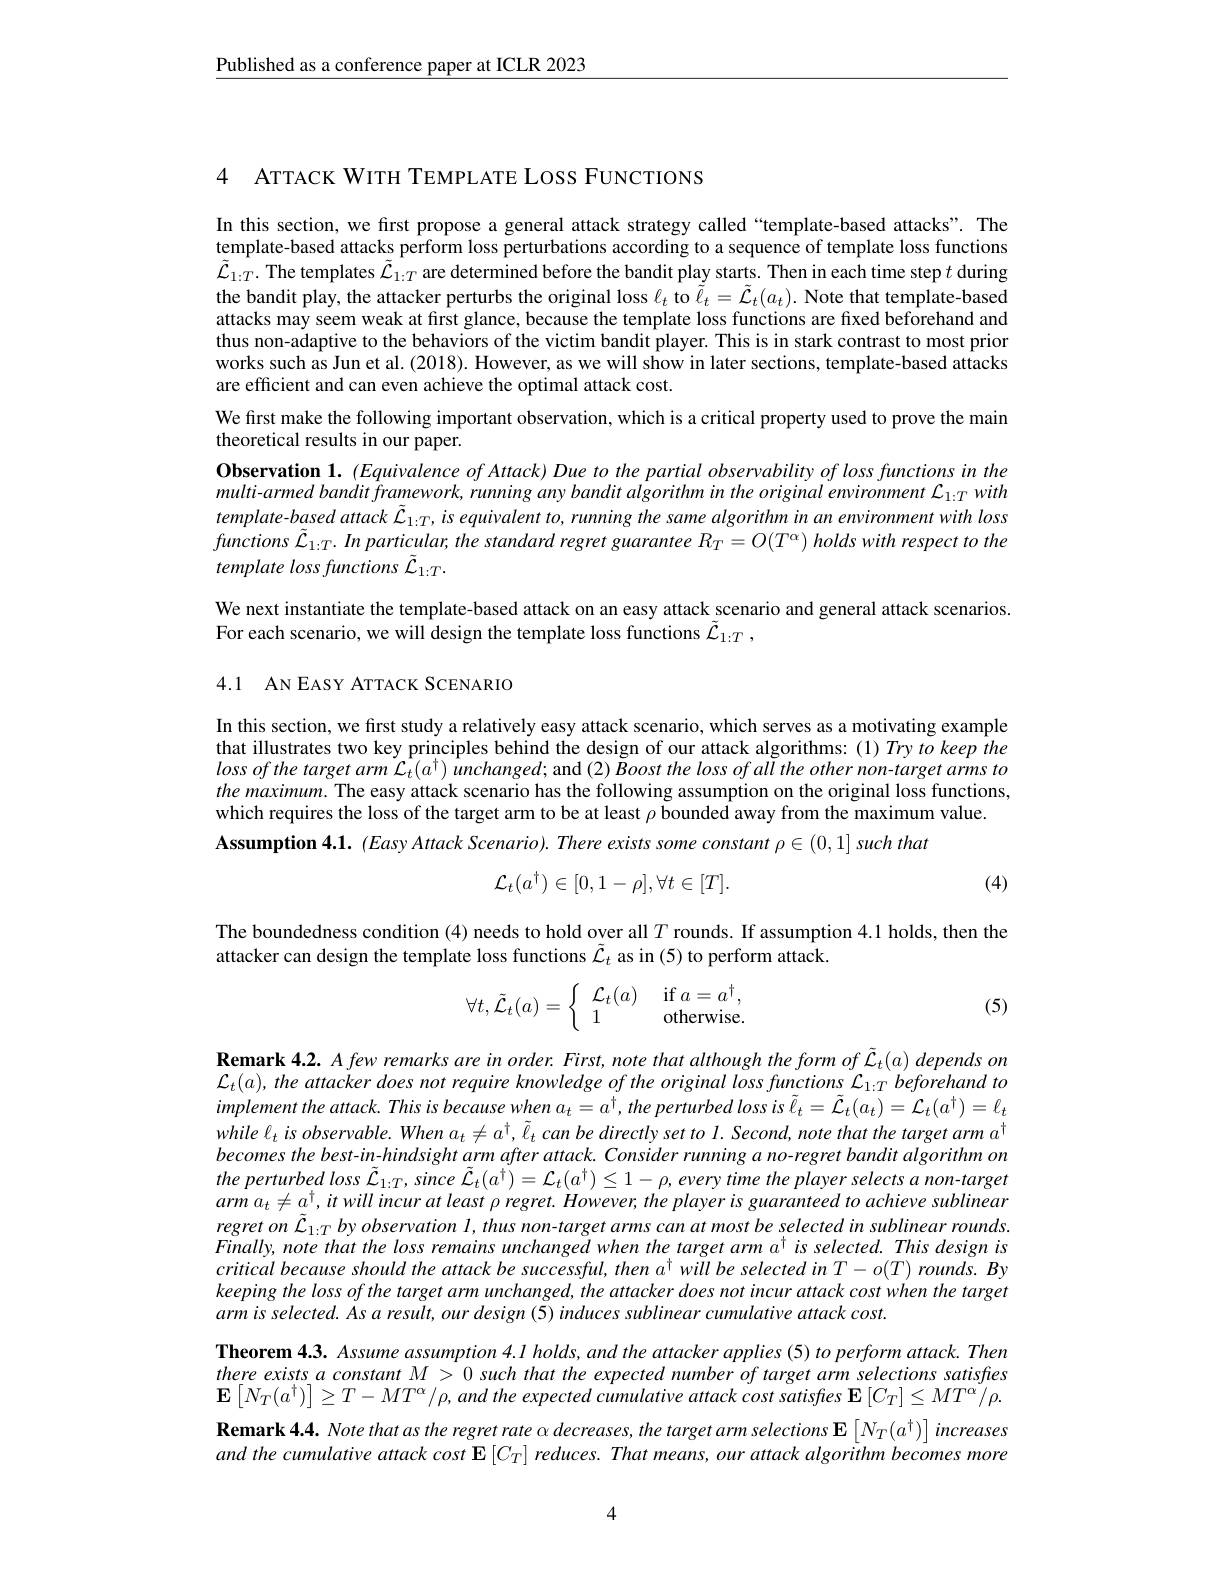
$\underline{\text{Published as a conference paper at ICLR 2023}}$

4 ATTACK WITH TEMPLATE LOSS FUNCTIONS

In this section, we first propose a general attack strategy called “template-based attacks”. The template-based attacks perform loss perturbations according to a sequence of template loss functions $\tilde{\mathcal{L}}_{1:T}.$ The templates $\tilde{\mathcal{L}}_{1:T}$ are determined before the bandit play starts. Then in each time step $t$ during the bandit play, the attacker perturbs the original loss $\ell_t$ to $\tilde{\ell}_t=\tilde{\mathcal{L}}_t(a_t).$ Note that template-based attacks may seem weak at first glance, because the template loss functions are fixed beforehand and thus non-adaptive to the behaviors of the victim bandit player. This is in stark contrast to most prior works such as Jun et al. (2018). However, as we will show in later sections, template-based attacks are efficient and can even achieve the optimal attack cost.
We first make the following important observation, which is a critical property used to prove the main
theoretical results in our paper.
Observation 1. (Equivalence of Attack) Due to the partial observability of loss functions in the multi-armed bandit framework, running any bandit algorithm in the original environment $\mathcal{L}_1:T$ with template-based attack $\tilde{\mathcal{L}}_{1:T},is$ equivalent to, running the same algorithm in an environment with loss $functions\tilde{\mathcal{L} } _{1: T}. Inparticular, thestandardregretguaranteeR_{T}= O( T^{\alpha })$ holds with respect $to$ the template loss functions $\tilde{\mathcal{L}}_{1:T}.$
We next instantiate the template-based attack on an easy attack scenario and general attack scenarios

For each scenario, we will design the template loss functions $\tilde{\mathcal{L}}_{1:T}$,

4.1 AN EASY ATTACK SCENARIO

In this section, we fırst study a relatively easy attack scenario, which serves as a motivating example that illustrates two key principles behind the design of our attack algorithms: (1) Try to keep the lossofthe target arm $\hat{\mathcal{L}}_t(a^\dagger)$ inchanged; and (2) Šoost the loss of all the other non-target arms to the maximum. The easy attack scenario has the following assumption on the original loss functions, which requires the loss of the target arm to be at least $\rho$ bounded away from the maximum value.
$\textbf{Assumption 4. 1. }( Easy$ Attack Scenario) . There exists some constant $\rho \in ( 0, 1]$ such that
$$\mathcal{L}_{t}(a^{\dagger})\in[0,1-\rho],\forall t\in[T].$$
(4)

The boundedness condition (4) needs to hold over all $T$ rounds. If assumption 4.1 holds, then the
attacker can design the template loss functions $\tilde{\mathcal{L}}_t$ as in (5) to perform attack.
$$\forall t,\tilde{\mathcal{L}}_t(a)=\left\{\begin{array}{ll}\mathcal{L}_t(a)&\text{if}a=a^\dagger,\\1&\text{otherwise.}\end{array}\right.$$
(5)

Remark 4.2. A few remarks are in order. First, note that although the form of $\tilde{\mathcal{L}}_t(a)$ depends on $\mathcal{L}_{t}(a)$, the attacker does not require knowledge of the original loss functions $\mathcal{L}_1:T$ beforehand to implement the attack. This is because when $a_t=a^\dagger,the$ perturbed loss is $\tilde{\ell}_t=\tilde{\mathcal{L}}_t(a_t)=\tilde{\mathcal{L}}_t(a^\dagger)=\ell_t$ $whilel_{t}isobservable.Whena_{t}\neq a^{\dagger},\tilde{\ell}_{t}$ can be directly set to I. Second, note that the target arm a' becomes the best-in-hindsight arm after attack. Consider running a no-regret bandit algorithm on the perturbed loss $\tilde{\mathcal{L}}_{1:T}$, since $\tilde{\mathcal{L}}_t(a^\dagger)=\mathcal{L}_t(a^\dagger)\leq1-\rho$, every time the player selects a non-target $arma_{t}\neq a_{-}^{\dagger},itwillincuratleast\rho regret.However,theplayerisguaranteedtoachievesublinear$ regret $on \tilde{\mathcal{L} } _{1: T}$ $by$ $observation 1, thus$ $non- target$ arms can $at$ most $be$ selected $in$ sublinear $rounds. Finally$, note that the loss remains unchanged when the target arm $a^{\dagger }$ $is$ $selected.$ This design $is$ critical because should the attack be successful, then at will be selected in T-o(T) rounds. By keeping the loss of the target arm unchanged, the attacker does not incur attack cost when the target $armisselected.Asaresult,ourdesign(5)inducessublinearcumulativeattackcost.$
Theorem 4.3. Assume assumption 4.1 holds, and the attacker applies (5) to perform attack. Then there exists $a$ constant $M> 0$ such that the expected number $of$ target arm selections satisfes $\mathbf{E}\left[N_{T}(a^{\dagger})\right]\geq T-MT^{\alpha}/\rho,and$ the expected cimulative attack cost satisfies $\mathbf{E}\left[C_{T}\right]\leq MT^{\alpha}/\rho.$ Remark 4.4. Note that as the regret rate $\alpha$ decreases, the target arm selections $\mathbf{E}\left[N_T(a^\dagger)\right]increases$ and the cumulative attack cost $\mathbf{E} \left [ C_T\right ] \textit{reduces. That means, our attack algorithm becomes more}$

4